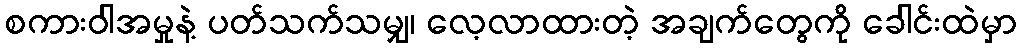
စကားဝါအမှုနဲ့ ပတ်သက်သမျှ၊ လေ့လာထားတဲ့ အချက်တွေကို ခေါင်းထဲမှာ